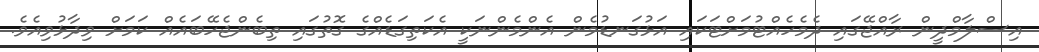
އިސްލާމްދީން ރާއްޖޭގައި ދެމެހެއްޓުމަށްޓަކައި އަޅުގަނޑުމެން އެންމެންނަކީ އެކަތިގަޑެއްގެ ގޮތުގައި ތިބެންޖެހޭބައެއް ކަމަށް ވިދާޅުވިއެވެ.